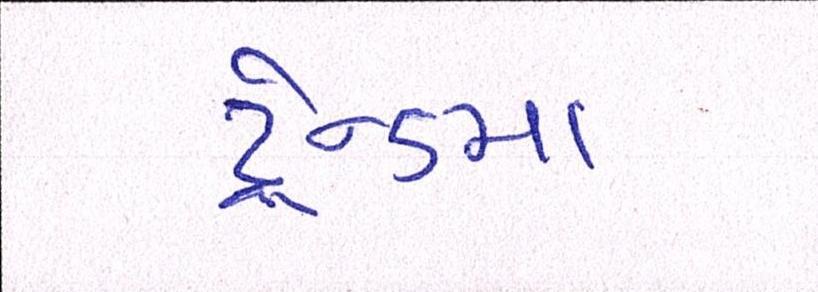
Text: ટ્રેન્ડમાં